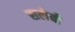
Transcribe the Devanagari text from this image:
सलेबी